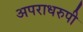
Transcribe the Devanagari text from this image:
अपराधरुपी